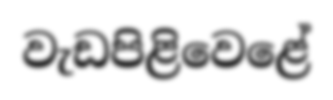
වැඩපිළිවෙළේ